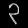
Digit: ၃